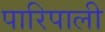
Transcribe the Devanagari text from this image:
पारिपाली